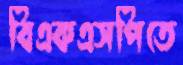
বিএকএসপিতে